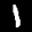
Label: 1